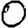
Digit: 0